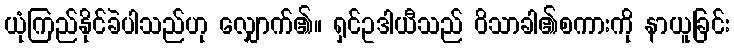
ယုံကြည်နိုင်ခဲပါသည်ဟု လျှောက်၏။ ရှင်ဥဒါယီသည် ဝိသာခါ၏စကားကို နာယူခြင်း